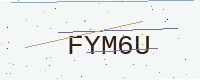
Text: FYM6U